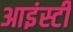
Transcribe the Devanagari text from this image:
आइंस्टी